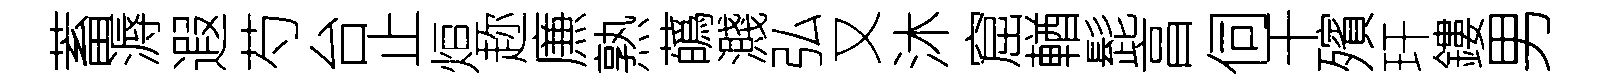
蓄溽遐芍台止烜趂㢘熟蘤濺弘又沐窟輶髭亯伺干殯玕鏤男